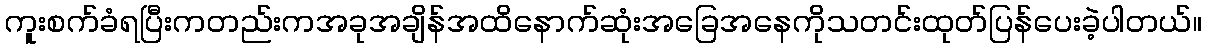
ကူးစက်ခံရပြီးကတည်းကအခုအချိန်အထိနောက်ဆုံးအခြေအနေကိုသတင်းထုတ်ပြန်ပေးခဲ့ပါတယ်။